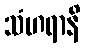
သံဟရာနိ